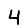
Digit: 4